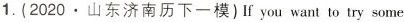
1.(2020·山东济南历下一模)If you want to try some